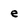
Character: e